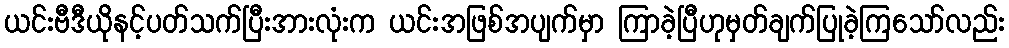
ယင်းဗီဒီယိုနင့်ပတ်သက်ပြီးအားလုံးက ယင်းအဖြစ်အပျက်မှာ ကြာခဲ့ပြီဟုမှတ်ချက်ပြုခဲ့ကြသော်လည်း